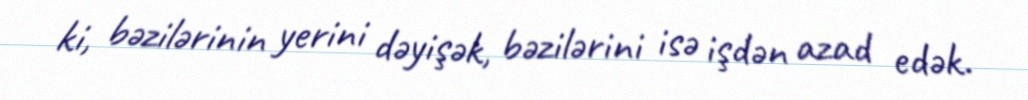
ki, bəzilərinin yerini dəyişək, bəzilərini isə işdən azad edək.